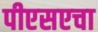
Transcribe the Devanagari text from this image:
पीएसएचा